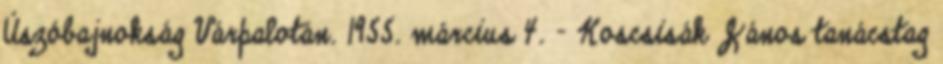
Úszóbajnokság Várpalotán. 1955. március 4. – Koscsisák János tanácstag